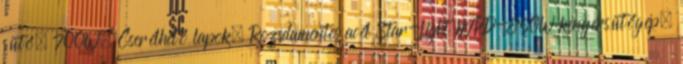
sütő, 700W, Cserélhető lapok, Rozsdamentes acél Star-Light MPD-850W kenyérsütőgép,